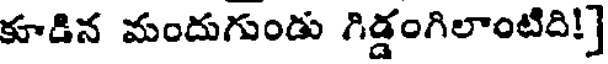
కూడిన మందుగుండు గిడ్డంగిలాంటిది!]